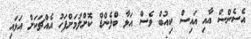
އެސެންސް އާއި އައިސް ކިއުބް ވެސް އަޅާ ބްލެންޑް ކޮށްލުމަށްފަހު އެއްޗަކަށް އަޅައި